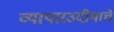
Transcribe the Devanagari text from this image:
व्यापारउदीमाचे